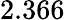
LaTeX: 2.366